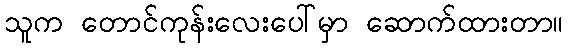
သူက တောင်ကုန်းလေးပေါ်မှာ ဆောက်ထားတာ။